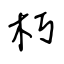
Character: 朽